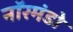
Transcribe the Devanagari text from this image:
नॉरमंडो